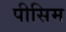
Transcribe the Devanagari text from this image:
पीसिम